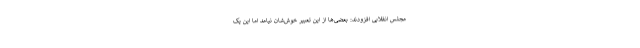
مجلس انقلابی افزودند: بعضی‌ها از این تعبیر خوش‌شان نیامد اما این یک